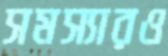
সমস্যারও